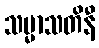
သမ္မာသတိနီ